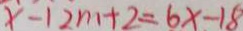
x - 1 2 m + 2 = 6 x - 1 8